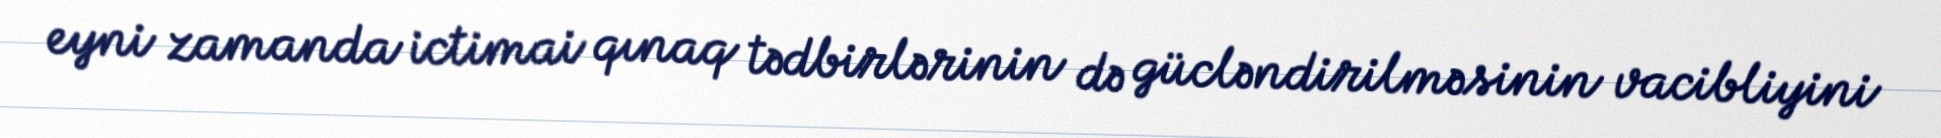
eyni zamanda ictimai qınaq tədbirlərinin də gücləndirilməsinin vacibliyini